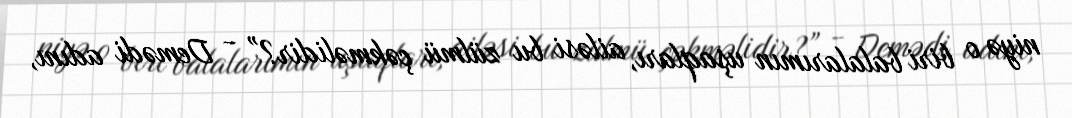
niyə o biri balalarımın uşaqları, ailəsi bu zülmü çəkməlidir?” - Demədi adını,